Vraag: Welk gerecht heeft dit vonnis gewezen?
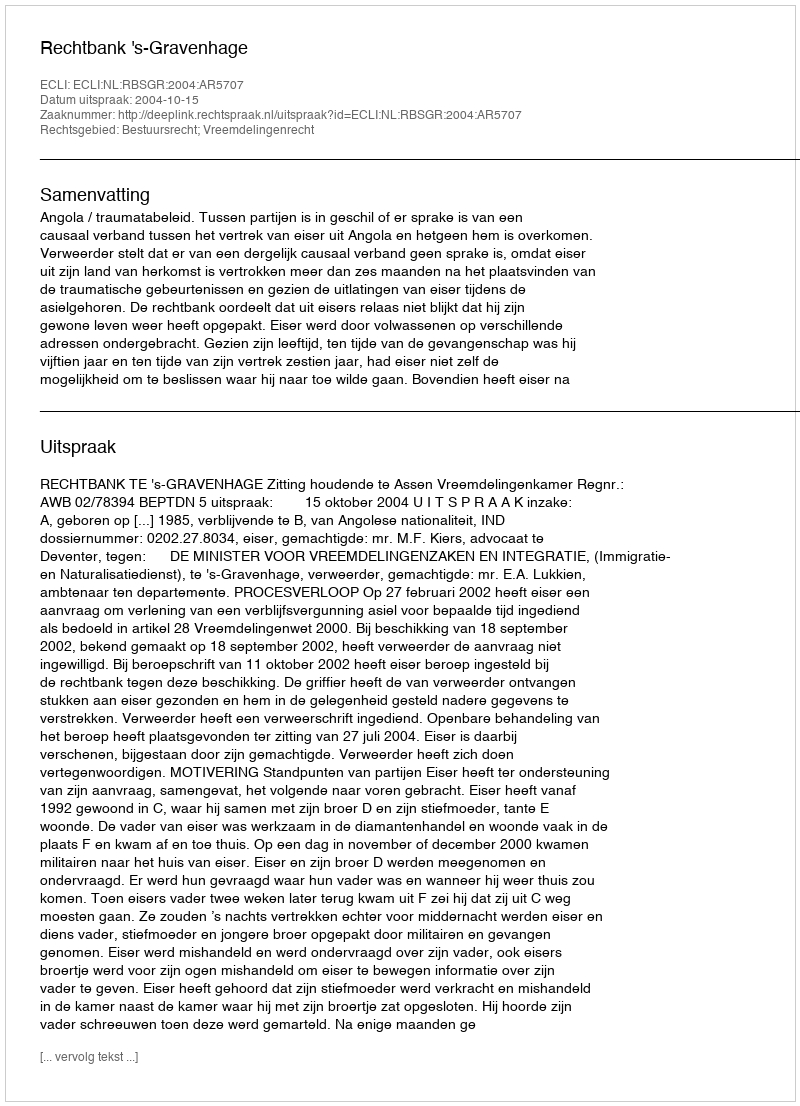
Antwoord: Rechtbank 's-Gravenhage